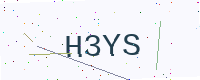
Text: H3YS